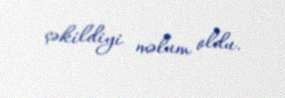
çəkildiyi məlum oldu.